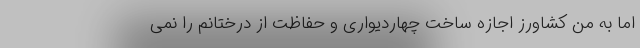
اما به منِ کشاورز اجازه ساخت چهاردیواری و حفاظت از درختانم را نمی